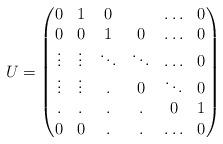
LaTeX: \begin{align*}U= \begin{pmatrix}0 & 1 & 0 & & \ldots& 0\\0 & 0 & 1 & 0 & \ldots & 0\\\vdots &\vdots &\ddots &\ddots & \ldots& 0\\\vdots & \vdots & . & 0 & \ddots & 0\\.& . & . & . & 0 & 1\\0 & 0 & . & . &\ldots & 0 \\\end{pmatrix}\end{align*}